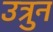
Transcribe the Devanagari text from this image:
उत्रुन